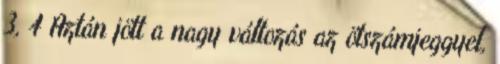
3, 4 Aztán jött a nagy változás az ötszámjeggyel,